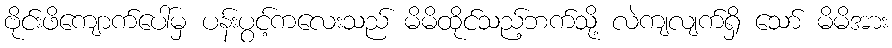
ဗိုင်းဖိကျောက်ပေါ်မှ ပန်းပွင့်ကလေးသည် မိမိထိုင်သည့်ဘက်သို့ လဲကျလျက်ရှိ သော် မိမိအား